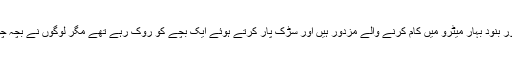
گوپال ساہو اور بنود بہار میٹرو میں کام کرنے والے مزدور ہیں اور سڑک پار کرتے ہوئے ایک بچے کو روک رہے تھے مگر لوگوں نے بچہ چور سمجھ لیا۔